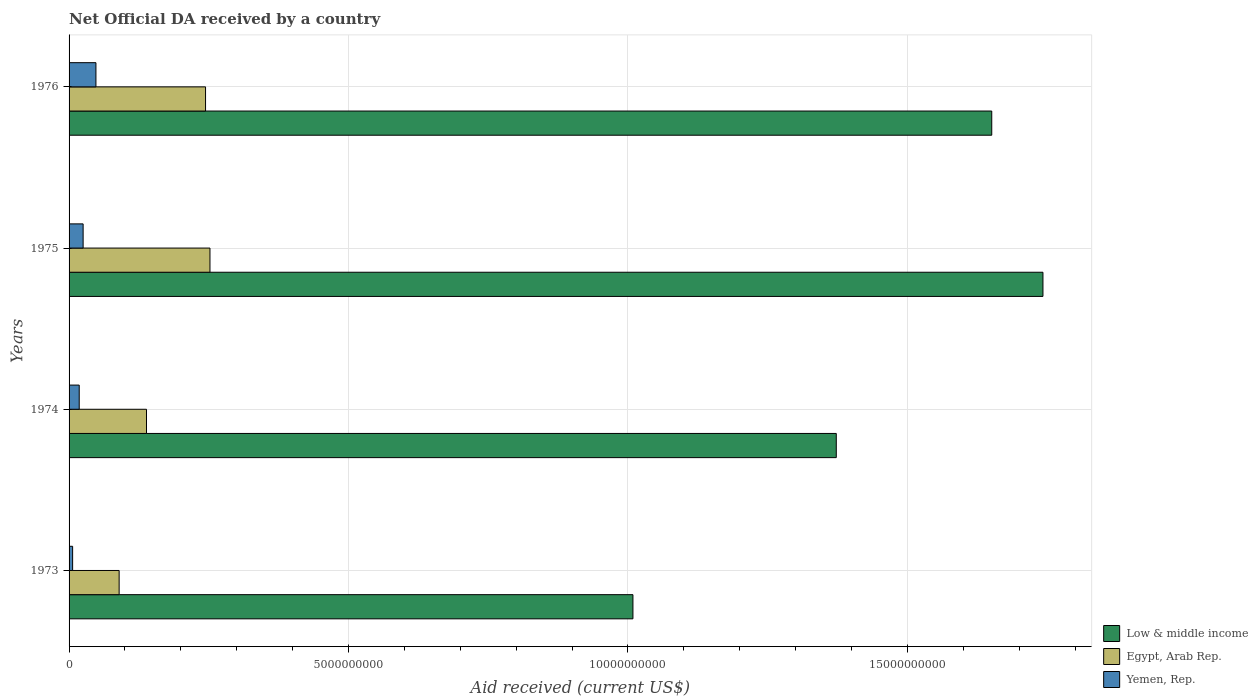
| Years | Low & middle income | Egypt, Arab Rep. | Yemen, Rep. |
 | --- | --- | --- | --- |
 | 1973 | 1.01e+10 | 8.96e+08 | 6.36e+07 |
 | 1974 | 1.37e+10 | 1.39e+09 | 1.82e+08 |
 | 1975 | 1.74e+10 | 2.52e+09 | 2.51e+08 |
 | 1976 | 1.65e+10 | 2.44e+09 | 4.81e+08 |